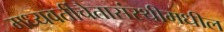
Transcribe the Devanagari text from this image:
मध्यवर्तीचेतासंस्थीमधील